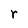
Character: r